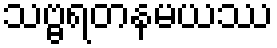
သဗ္ဗရတနမယဿ